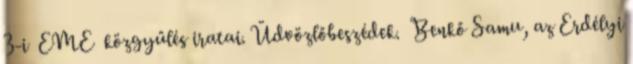
3-i EME közgyűlés iratai. Üdvözlőbeszédek. Benkő Samu, az Erdélyi